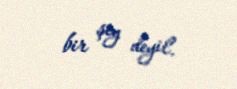
bir şey deyil.